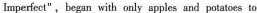
Imperfect",began witt only apples and potutoee to